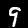
Digit: 9